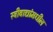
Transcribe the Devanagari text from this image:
स्त्रीवाद्यांमधील